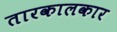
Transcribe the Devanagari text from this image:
तारकालकार